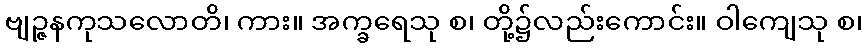
ဗျဉ္ဇနကုသလောတိ၊ ကား။ အက္ခရေသု စ၊ တို့၌လည်းကောင်း။ ဝါကျေသု စ၊